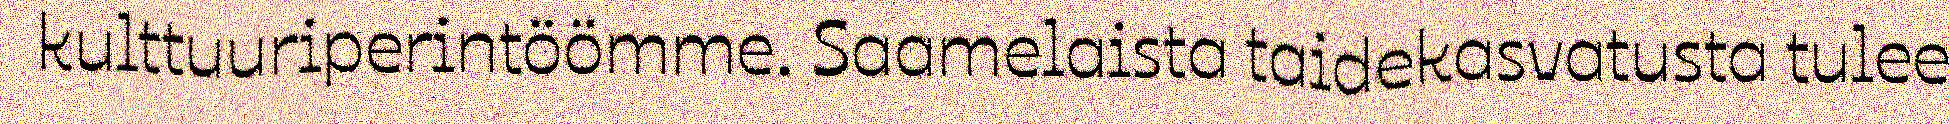
kulttuuriperintöömme. Saamelaista taidekasvatusta tulee